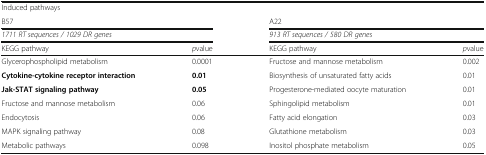
<table><thead><tr><td colspan="4"><b>Induced pathways</b></td></tr><tr><td colspan="2"><b>B57</b></td><td colspan="2"><b>A22</b></td></tr><tr><td colspan="2"><b><i>1711 RT sequences / 1029 DR genes</i></b></td><td colspan="2"><b><i>913 RT sequences / 580 DR genes</i></b></td></tr><tr><td><b>KEGG pathway</b></td><td><b><i>p</i>value</b></td><td><b>KEGG pathway</b></td><td><b><i>p</i>value</b></td></tr></thead><tbody><tr><td>Glycerophospholipid metabolism</td><td>0.0001</td><td>Fructose and mannose metabolism</td><td>0.002</td></tr><tr><td><b>Cytokine-cytokine receptor interaction</b></td><td><b>0.01</b></td><td>Biosynthesis of unsaturated fatty acids</td><td>0.01</td></tr><tr><td><b>Jak-STAT signaling pathway</b></td><td><b>0.05</b></td><td>Progesterone-mediated oocyte maturation</td><td>0.01</td></tr><tr><td>Fructose and mannose metabolism</td><td>0.06</td><td>Sphingolipid metabolism</td><td>0.01</td></tr><tr><td>Endocytosis</td><td>0.06</td><td>Fatty acid elongation</td><td>0.03</td></tr><tr><td>MAPK signaling pathway</td><td>0.08</td><td>Glutathione metabolism</td><td>0.03</td></tr><tr><td>Metabolic pathways</td><td>0.098</td><td>Inositol phosphate metabolism</td><td>0.05</td></tr></tbody></table>